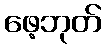
ဖေ့ဘုတ်